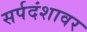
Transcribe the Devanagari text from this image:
सर्पदंशावर